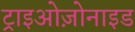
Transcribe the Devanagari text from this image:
ट्राइओज़ोनाइड